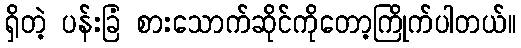
ရှိတဲ့ ပန်းခြံ စားသောက်ဆိုင်ကိုတော့ကြိုက်ပါတယ်။